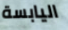
اليابسة